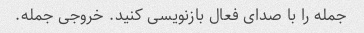
جمله را با صدای فعال بازنویسی کنید. خروجی جمله.